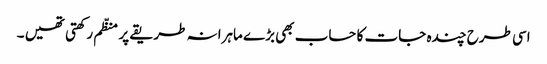
اسی طرح چندہ جات کا حساب بھی بڑے ماہرانہ طریقے پر منظّم رکھتی تھیں ۔